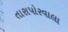
તારાપોરવાલા